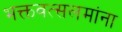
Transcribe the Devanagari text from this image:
भक्तवत्सलमांना